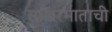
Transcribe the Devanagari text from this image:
साखरभाताची